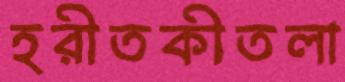
হরীতকীতলা